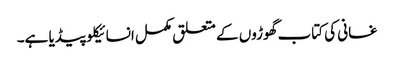
غسانی کی کتاب گھوڑوں کے متعلق مکمل انسائیکلو پیڈیا ہے۔